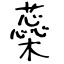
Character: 蘂